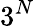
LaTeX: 3^{N}